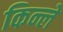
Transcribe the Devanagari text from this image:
किन्ले